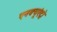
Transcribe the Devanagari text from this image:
एनक्यूएंट्रो